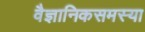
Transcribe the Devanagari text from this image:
वैज्ञानिकसमस्या